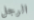
الرجل